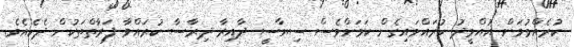
ކުރެއްވުމަށް އުއްމީދު ކުރައްވައިގެން ކަމަށްވެސް ސިޔާސީ ދާއިރާ ދިރާސާ ކުރައްވާ ފަރާތްތަކުން ދެކެއެވެ.